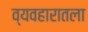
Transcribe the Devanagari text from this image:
व्यवहारातला